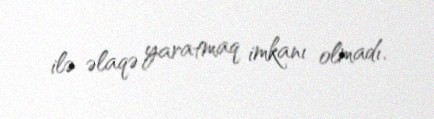
ilə əlaqə yaratmaq imkanı olmadı.